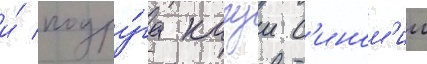
и́ подру́га кагуи с'ином'ии